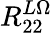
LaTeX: R_{22}^{L\Omega}